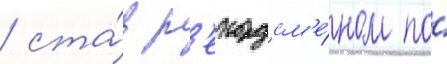
/ ста́в р'екордсм'е́ном по́